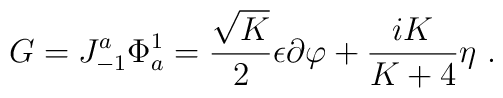
G=J^a_{-1}\Phi^1_a= {\sqrt{K}\over2}\epsilon\partial\varphi +{{iK}\over{K+4}}\eta{}~.